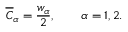
\overline { { C } } _ { \alpha } = \frac { w _ { \alpha } } { 2 } , \qquad \alpha = 1 , 2 .